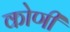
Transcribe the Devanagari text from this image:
कोणीं